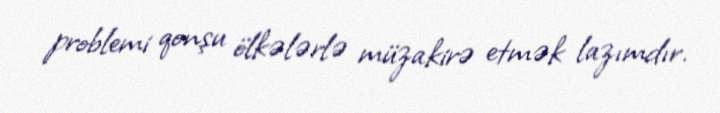
problemi qonşu ölkələrlə müzakirə etmək lazımdır.